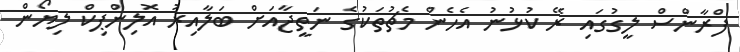
ފްރާންސް ލީގުގައި ރޭ ކުޅުނު އެހެން މެޗުތަކުގެ ނަތީޖާއަށް ބަލާއިރު އޮލިންޕިކް ލިޔޯން